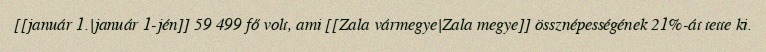
[[január 1.|január 1-jén]] 59 499 fő volt, ami [[Zala vármegye|Zala megye]] össznépességének 21%-át tette ki.